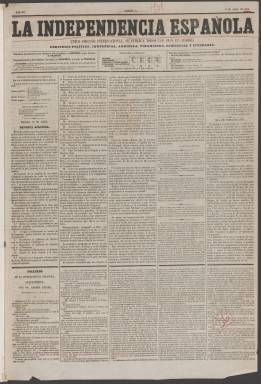
Título: La Independencia española (Madrid. 1858)
Colección: Periódicos
Ámbito geográfico: Madrid
Lugar de publicación: Madrid
Fechas: 17/04/1858-05/03/1859